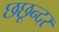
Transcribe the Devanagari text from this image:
छछून्दर